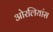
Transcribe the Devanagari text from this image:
ओरलियांस